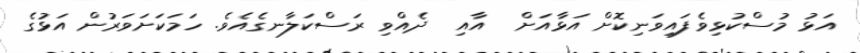
އަޅު މުސްކުޅިވެފައިވަނިކޮށް އަޅާއަށް  އާއި  ދެއްވި ރަސްކަލާނގެއެވެ. ހަމަކަށަވަރުން އަޅުގެ